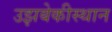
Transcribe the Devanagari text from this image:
उझबेकीस्थान